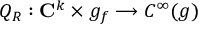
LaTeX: Q _ { R } : { \bf C } ^ { k } \times g _ { f } \longrightarrow C ^ { \infty } ( g )